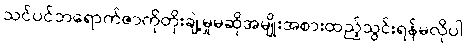
သင်ပင်ဘရောက်ဇာကိုတိုးချဲ့မှုမဆိုအမျိုးအစားထည့်သွင်းရန်မလိုပါ.